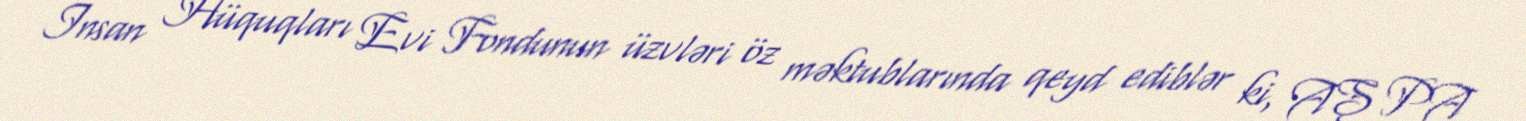
İnsan Hüquqları Evi Fondunun üzvləri öz məktublarında qeyd ediblər ki, AŞ PA